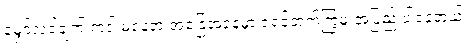
မျှော်လင့်ချက် ကင်းမဲ့နေတဲ့ အခြေအနေမှာ ရဲရင့်တက်ကြွမှု အပြည့် ပါနေတယ်။